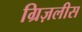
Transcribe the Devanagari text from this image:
ग्रिज़लीस